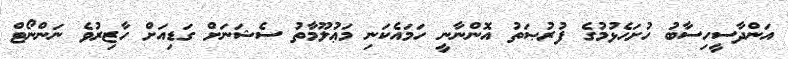
އަންދާސީހިސާބު ހުށަހެޅުމުގެ ފުރުޞަތު އޮންނާނީ ހަމައެކަނި މަޢުލޫމާތު ސެޝަނަށް ގަޑިއަށް ހާޒިރުވެ ނަންނޯޓް